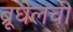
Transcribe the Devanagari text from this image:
ब्रूघेलची